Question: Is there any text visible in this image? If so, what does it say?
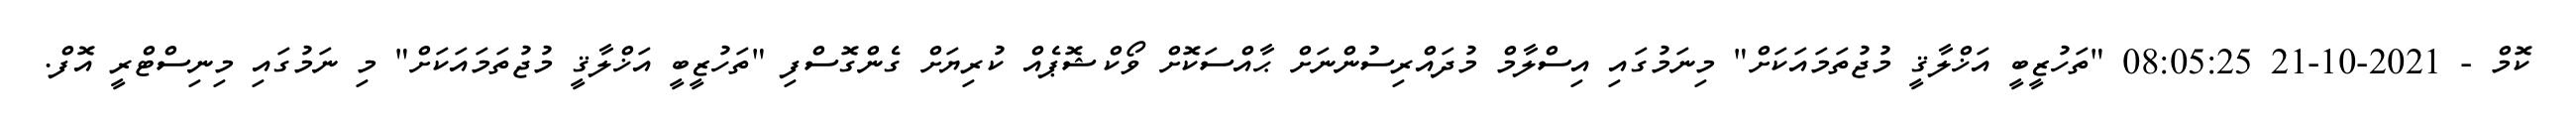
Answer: ކޮމް - 2021-10-21 08:05:25 "ތަހުޒީބީ އަޚްލާޤީ މުޖުތަމައަކަށް" މިނަމުގައި އިސްލާމް މުދައްރިސުންނަށް ޙާއްސަކޮށް ވޯކްޝޮޕެއް ކުރިޔަށް ގެންގޮސްފި "ތަހުޒީބީ އަޚްލާޤީ މުޖުތަމައަކަށް" މި ނަމުގައި މިނިސްޓްރީ އޮފް.